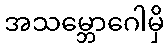
အသမ္ဘောဂေါမှိ